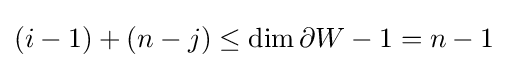
(i-1)+(n-j)\leq \dim \partial W-1=n-1